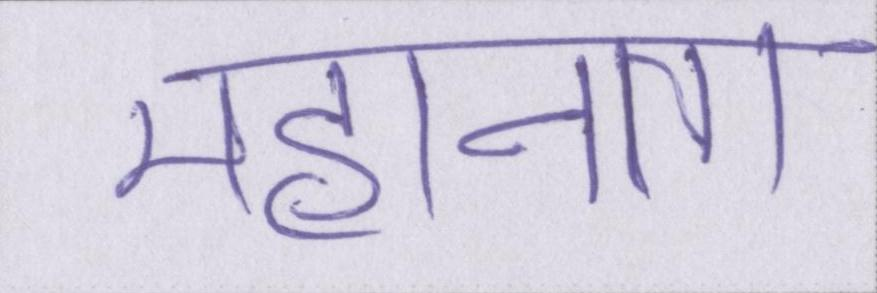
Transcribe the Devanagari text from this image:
महानता